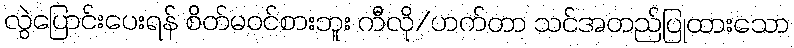
လွဲပြောင်းပေးရန် စိတ်မဝင်စားဘူး ကီလို/ဟက်တာ သင်အတည်ပြုထားသော